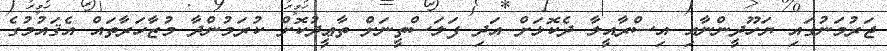
ޖަރުމަނުގައި ޔަހޫދީންނާއި އިސްރާއީލާ ދެކޮޅަށް އަދި ފަލަސްތީނަށް ތާޢީދުކޮށް ކުރަމުންދާ މުޒާހަރާތައް އެޤައުމުގެ